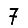
Digit: 7